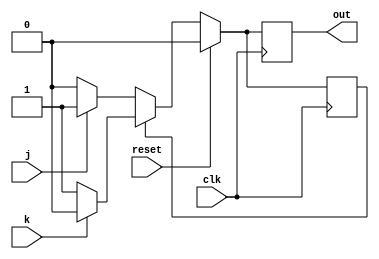
`timescale 1ns / 1ps

module synrefsm2(
    input wire clk,
    input wire reset,     //synchronous active-high reset
    input wire j,
    input wire k,
    output reg out
    );
    reg state;
    parameter ON=1'b1,OFF=1'b0;
    
always@(posedge clk)
    if(reset)
        begin
        state<=OFF;
        out<=1'b0;
        end
    else if(state==OFF)
         begin
          if(j==1)
            begin state<=ON;out<=1'b1;end
          if(j==0)
            begin state<=OFF;out<=1'b0;end
         end
         else
         begin
          if(k==0)
            begin state<=ON;out<=1'b1;end
          if(k==1)
            begin state<=OFF;out<=1'b0;end
         end
         
endmodule